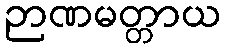
ဉာဏမတ္တာယ